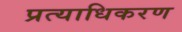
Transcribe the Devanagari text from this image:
प्रत्याधिकरण